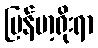
မြန်မာ့ရိုးရာ